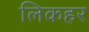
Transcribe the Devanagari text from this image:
लिकहर